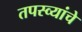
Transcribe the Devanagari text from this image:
तपस्व्यांचे